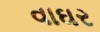
વાઘર